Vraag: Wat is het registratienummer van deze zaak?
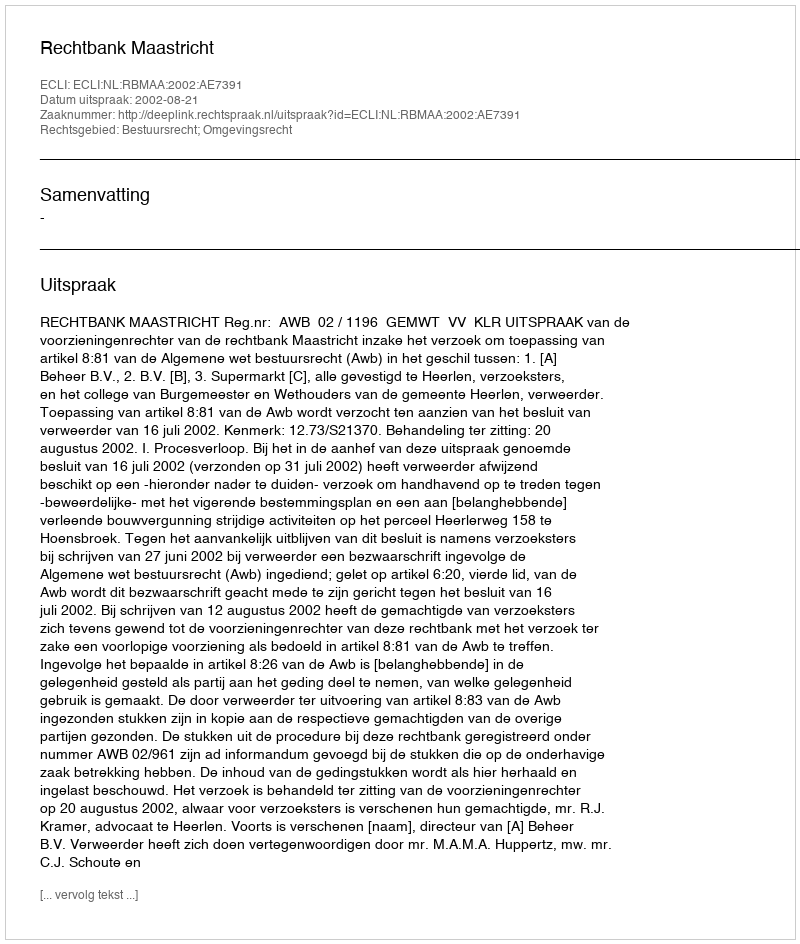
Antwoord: http://deeplink.rechtspraak.nl/uitspraak?id=ECLI:NL:RBMAA:2002:AE7391